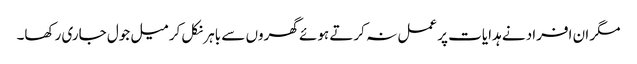
مگر ان افراد نے ہدایات پر عمل نہ کرتے ہوئے گھروں سے باہر نکل کر میل جول جاری رکھا۔